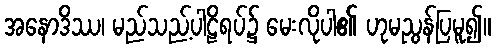
အနောဒိဿ၊ မည်သည့်ပါဠိရပ်၌ မေးလိုပါ၏ ဟုမညွန်ပြမူ၍။